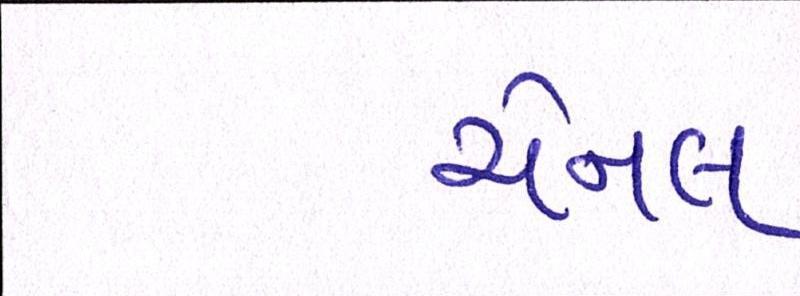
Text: ચેનલ